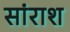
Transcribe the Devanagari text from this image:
सांराश